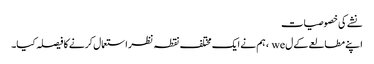
نشے کی خصوصیات
اپنے مطالعے کے ل we ، ہم نے ایک مختلف نقطہ نظر استعمال کرنے کا فیصلہ کیا۔